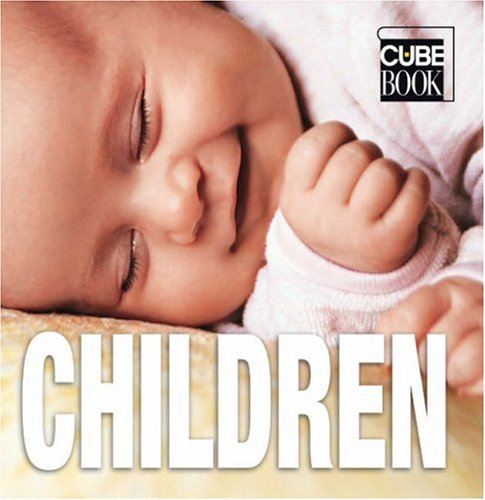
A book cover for Children (Cube Books); Valeria Manferto De Fabianis; Arts & Photography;